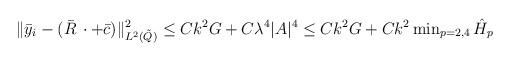
LaTeX: \begin{align*}\Vert \bar{y}_i - (\bar{R}\,\cdot +\bar{c})\Vert^2_{L^2(\tilde{Q})} \le Ck^2 G + C\lambda^4 |A|^4\le Ck^2 G + Ck^2 \min\nolimits_{p=2,4} \hat{H}_p \end{align*}